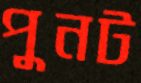
পুনট